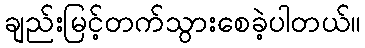
ချည်းမြင့်တက်သွားစေခဲ့ပါတယ်။